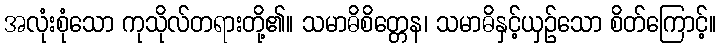
အလုံးစုံသော ကုသိုလ်တရားတို့၏။ သမာဓိစိတ္တေန၊ သမာဓိနှင့်ယှဉ်သော စိတ်ကြောင့်။